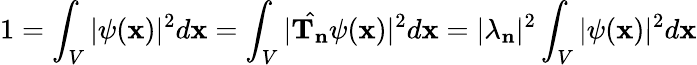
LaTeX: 1=\int_{V}|\psi(\mathbf{x})|^{2}d\mathbf{x}=\int_{V}|{\hat{\mathbf{T_{n}}}}\psi(\mathbf{x})|^{2}d\mathbf{x}=|\lambda_{\mathbf{n}}|^{2}\int_{V}|\psi(\mathbf{x})|^{2}d\mathbf{x}